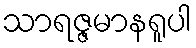
သာရဇ္ဇမာနရူပါ